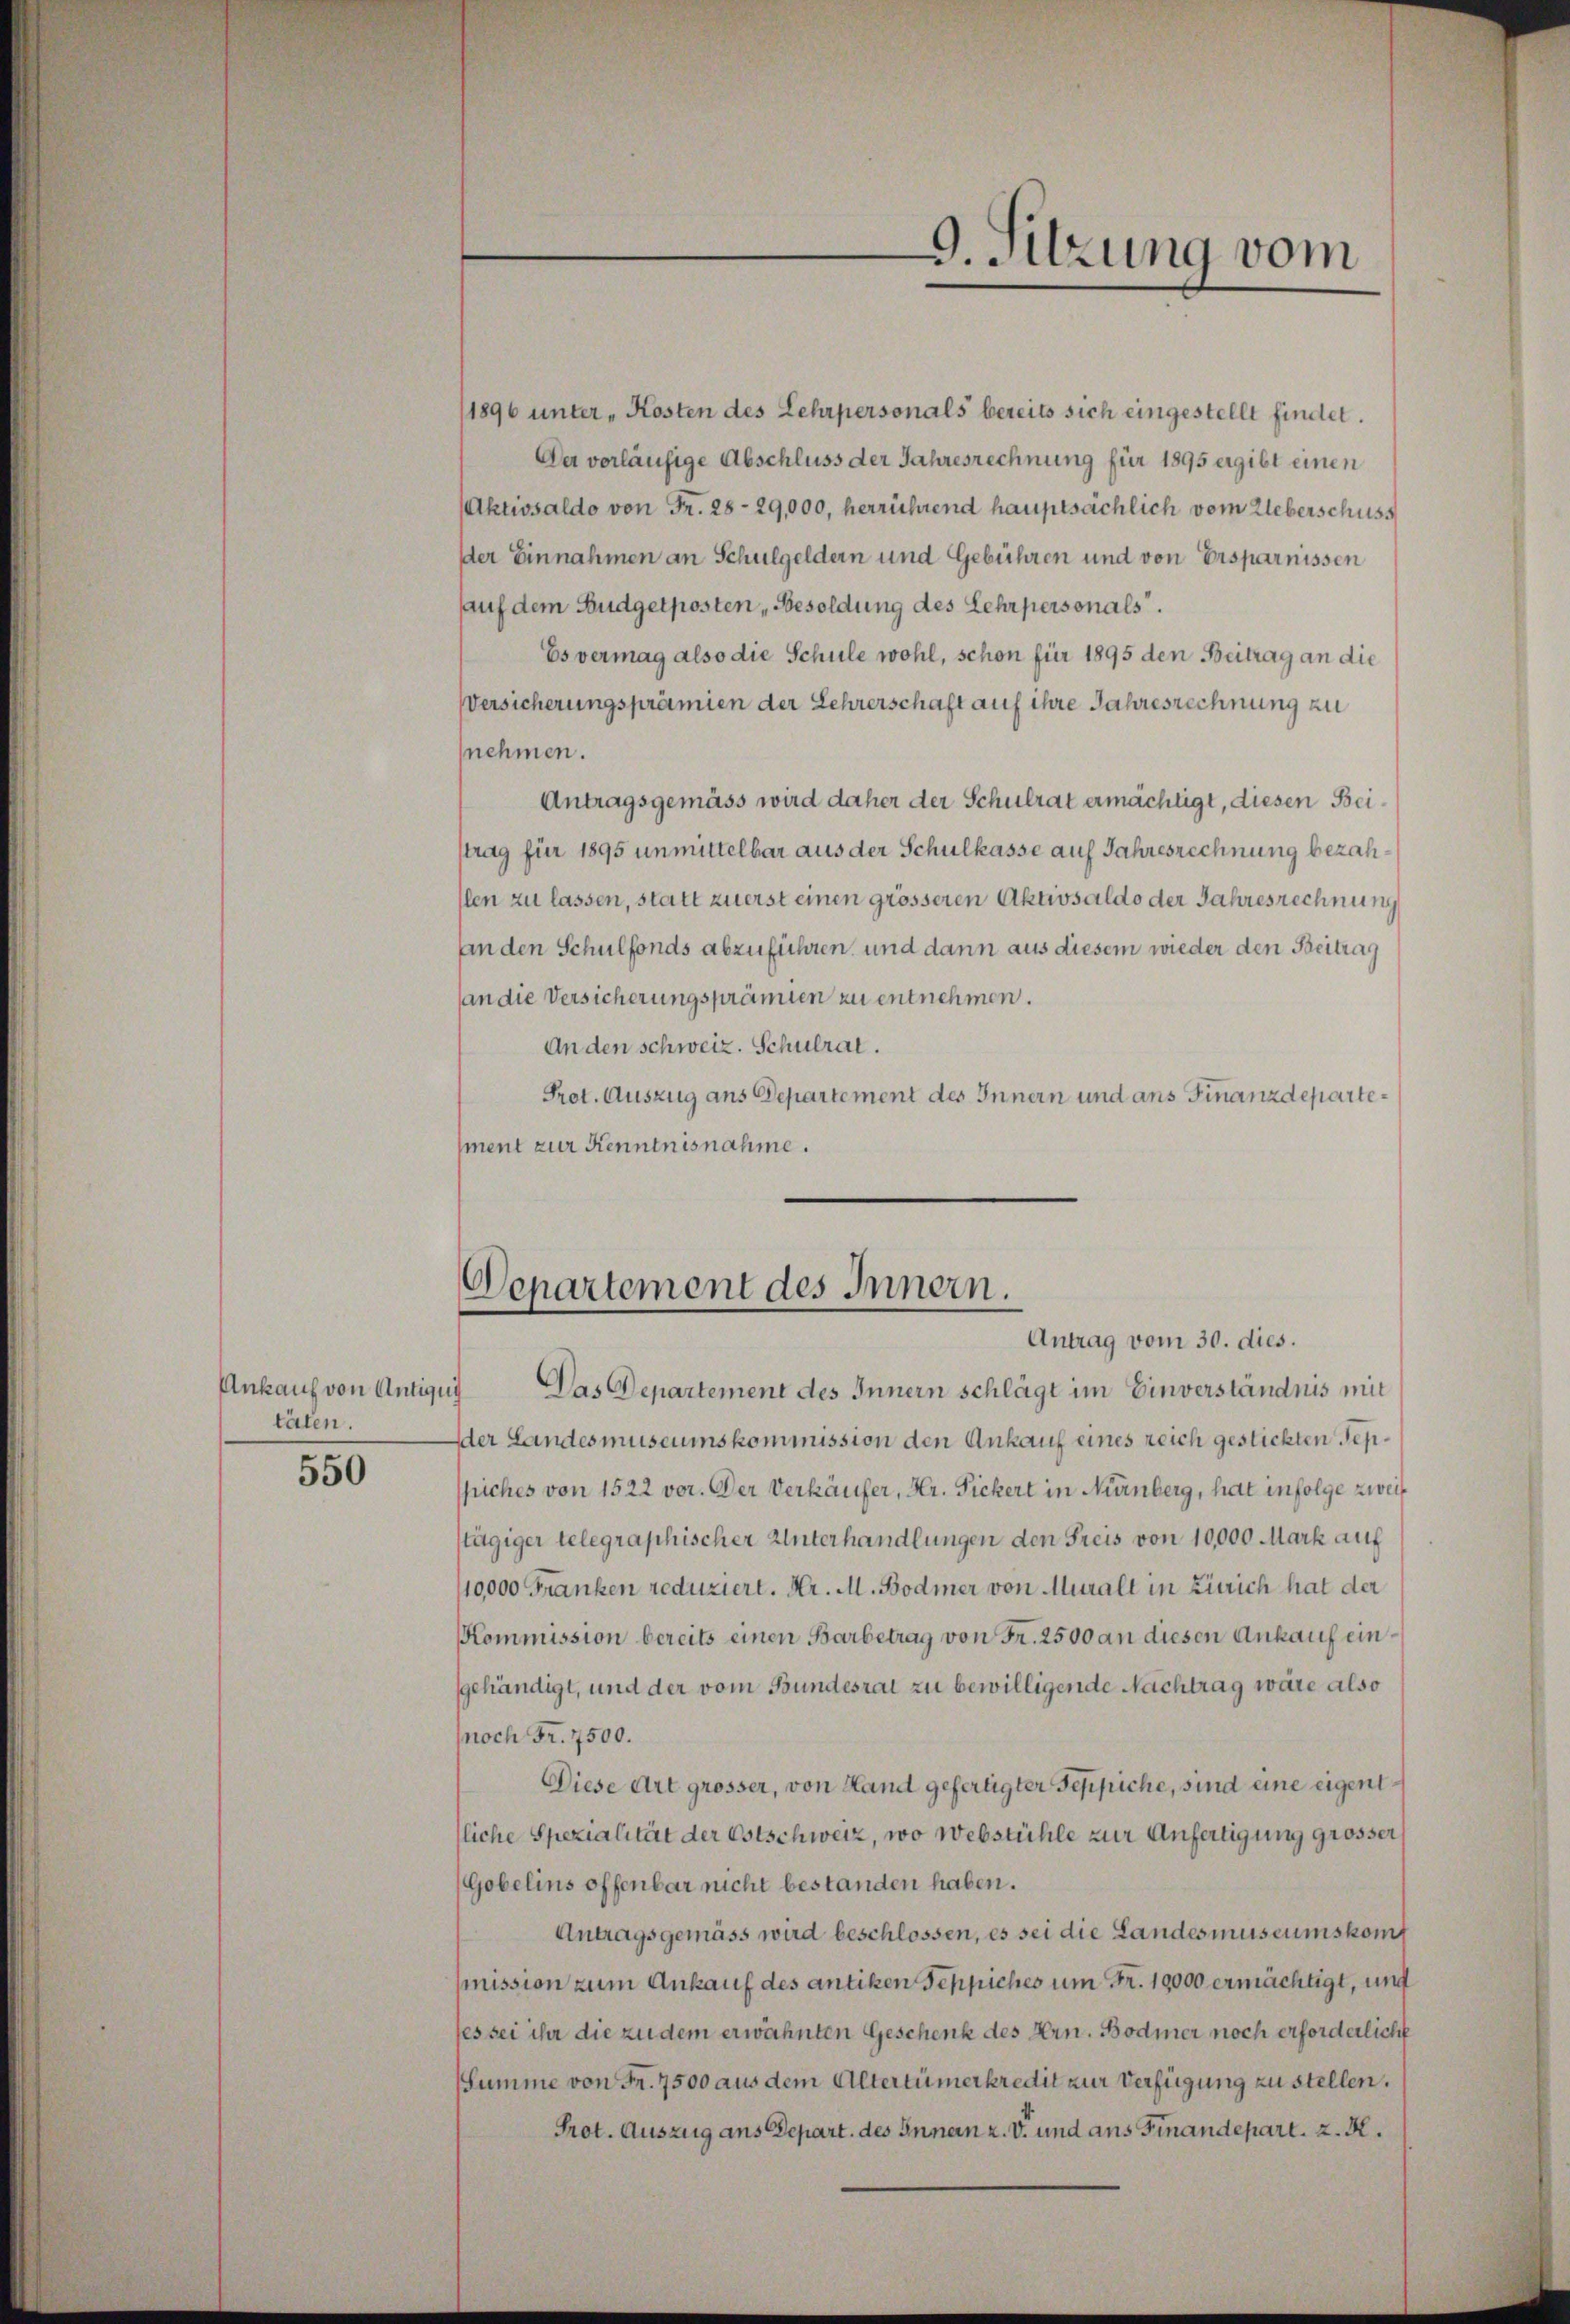
Ankauf von Antiqui
täten.

550

1896 unter „Kosten des Lehrpersonals bereits sich eingestellt findet.
Der vorläufige Abschluss der Jahresrechnung für 1895 ergibt einen
Aktivsaldo von Fr. 28-29,000, herrührend hauptsächlich vom Ueberschuss
der Einnahmen an Schulgeldern und Gebühren und von Ersparnissen
auf dem Budgetposten „Besoldung des Lehrpersonals.
Es vermag also die Schule wohl, schon für 1895 den Beitrag an die
Versicherungsprämien der Lehrerschaft auf ihre Jahresrechnung zu
nehmen.
Antragsgemäss wird daher der Schulrat ermächtigt, diesen Beitrag für 1895 unmittelbar aus der Schulkasse auf Jahresrechnung bezahslen zu lassen, statt zuerst einen grösseren Aktivsaldo der Jahresrechnung
an den Schulfonds abzuführen, und dann aus diesem wieder den Beitrag
an die Versicherungsprämien zu entnehmen.
An den schweiz. Schulrat.
Prot. Auszug ans Departement des Innern und ans Finanzdepartement zur Kenntnisnahme.

9. Sitzung vom

Departement des Innern.
Antrag vom 30. dies.

Das Departement des Innern schlägt im Einverständnis mit
der Landesmuseumskommission den Ankauf eines reich gestickten Sepspiches von 1522 vor. Der Verkäufer, Hr. Fickert in Nürnberg, hat infolge zweif
stägiger telegraphischer Unterhandlungen den Freis von 10,000 Mark auf
10000 Franken reduziert. Hr. M. Bodmer von Muralt in Zürich hat der
Kommission bereits einen Barbetrag von Fr. 2500 an diesen Ankauf eingehändigt, und der vom Bundesrat zu bewilligende Nachtrag wäre also
noch Fr. 7500.
Diese Art grosser, von Hand gefertigter Teppiche, sind eine eigentliche Spezialität der Ostschweiz, wo Webstühle zur Anfertigung grösser,
Gobelins offenbar nicht bestanden haben.
Antragsgemäss wird beschlossen, es sei die Landesmuseumskomf
mission zum Ankauf des antiken Teppiches um Fr. 19000 ermächtigt, und
ses sei ihr die zu dem erwähnten Geschenk des Hrn. Bodmer noch erforderlicht
Summe von Fr. 7500 aus dem Altertümerkredit zur Verfügung zu stellen.
Prot. Auszug aus Depart. des Innen z. V. und ans Finandepart, z. R.